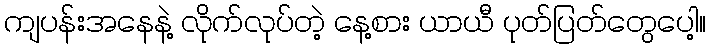
ကျပန်းအနေနဲ့ လိုက်လုပ်တဲ့ နေ့စား ယာယီ ပုတ်ပြတ်တွေပေါ့။